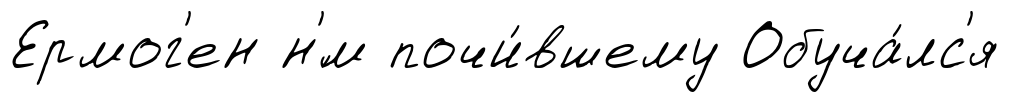
Ермог'ен н'́м почи́вшему Обуча́лс'я